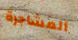
المشاجرة